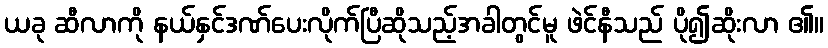
ယခု ဆီလာကို နယ်နှင်ဒဏ်ပေးလိုက်ပြီဆိုသည့်အခါတွင်မူ ဖဲင်နီသည် ပို၍ဆိုးလာ ၏။